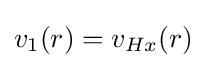
{\textstyle v_{1}(r)=v_{Hx}(r)}